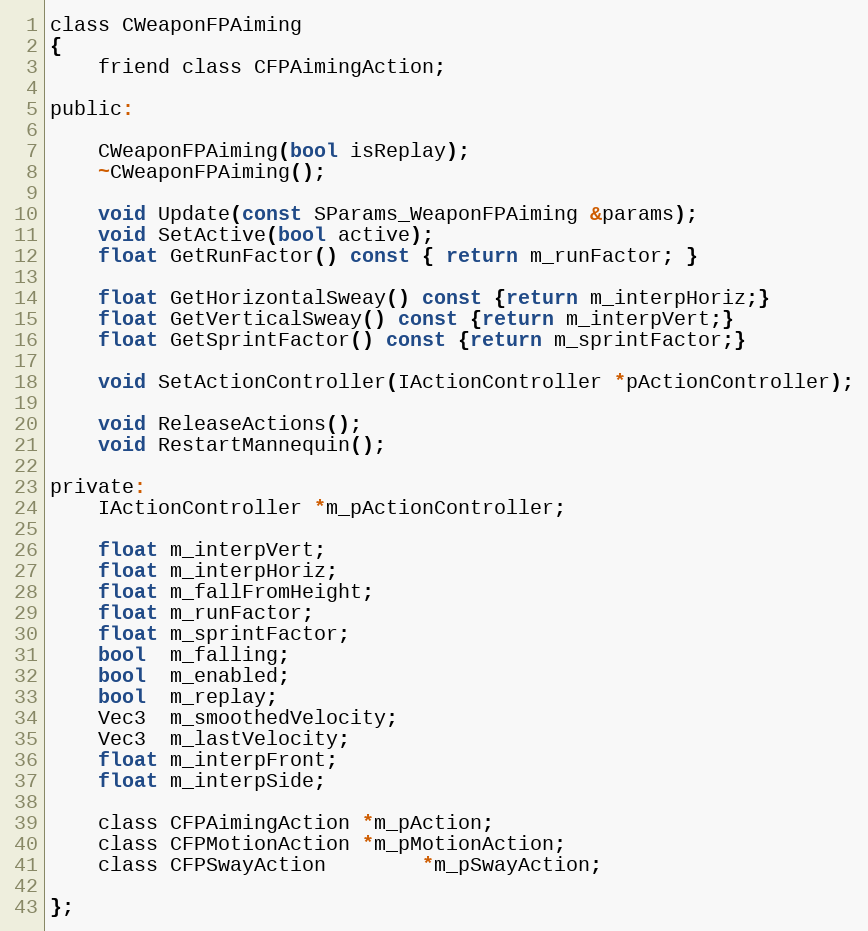
Language: C
class CWeaponFPAiming
{
	friend class CFPAimingAction;

public:

	CWeaponFPAiming(bool isReplay);
	~CWeaponFPAiming();

	void Update(const SParams_WeaponFPAiming &params);
	void SetActive(bool active);
	float GetRunFactor() const { return m_runFactor; }

	float GetHorizontalSweay() const {return m_interpHoriz;}
	float GetVerticalSweay() const {return m_interpVert;}
	float GetSprintFactor() const {return m_sprintFactor;}

	void SetActionController(IActionController *pActionController);

	void ReleaseActions();
	void RestartMannequin();

private:
	IActionController *m_pActionController;

	float m_interpVert;
	float m_interpHoriz;
	float m_fallFromHeight;
	float m_runFactor;
	float m_sprintFactor;
	bool  m_falling;
	bool  m_enabled;
	bool  m_replay;
	Vec3  m_smoothedVelocity;
	Vec3  m_lastVelocity;
	float m_interpFront;
	float m_interpSide;

	class CFPAimingAction *m_pAction;
	class CFPMotionAction *m_pMotionAction;
	class CFPSwayAction		*m_pSwayAction;

};